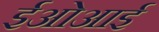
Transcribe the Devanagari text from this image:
ईओआई